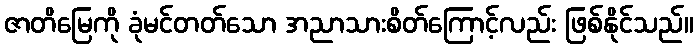
ဇာတိမြေကို ခုံမင်တတ်သော အညာသားစိတ်ကြောင့်လည်း ဖြစ်နိုင်သည်။